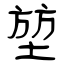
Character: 堃